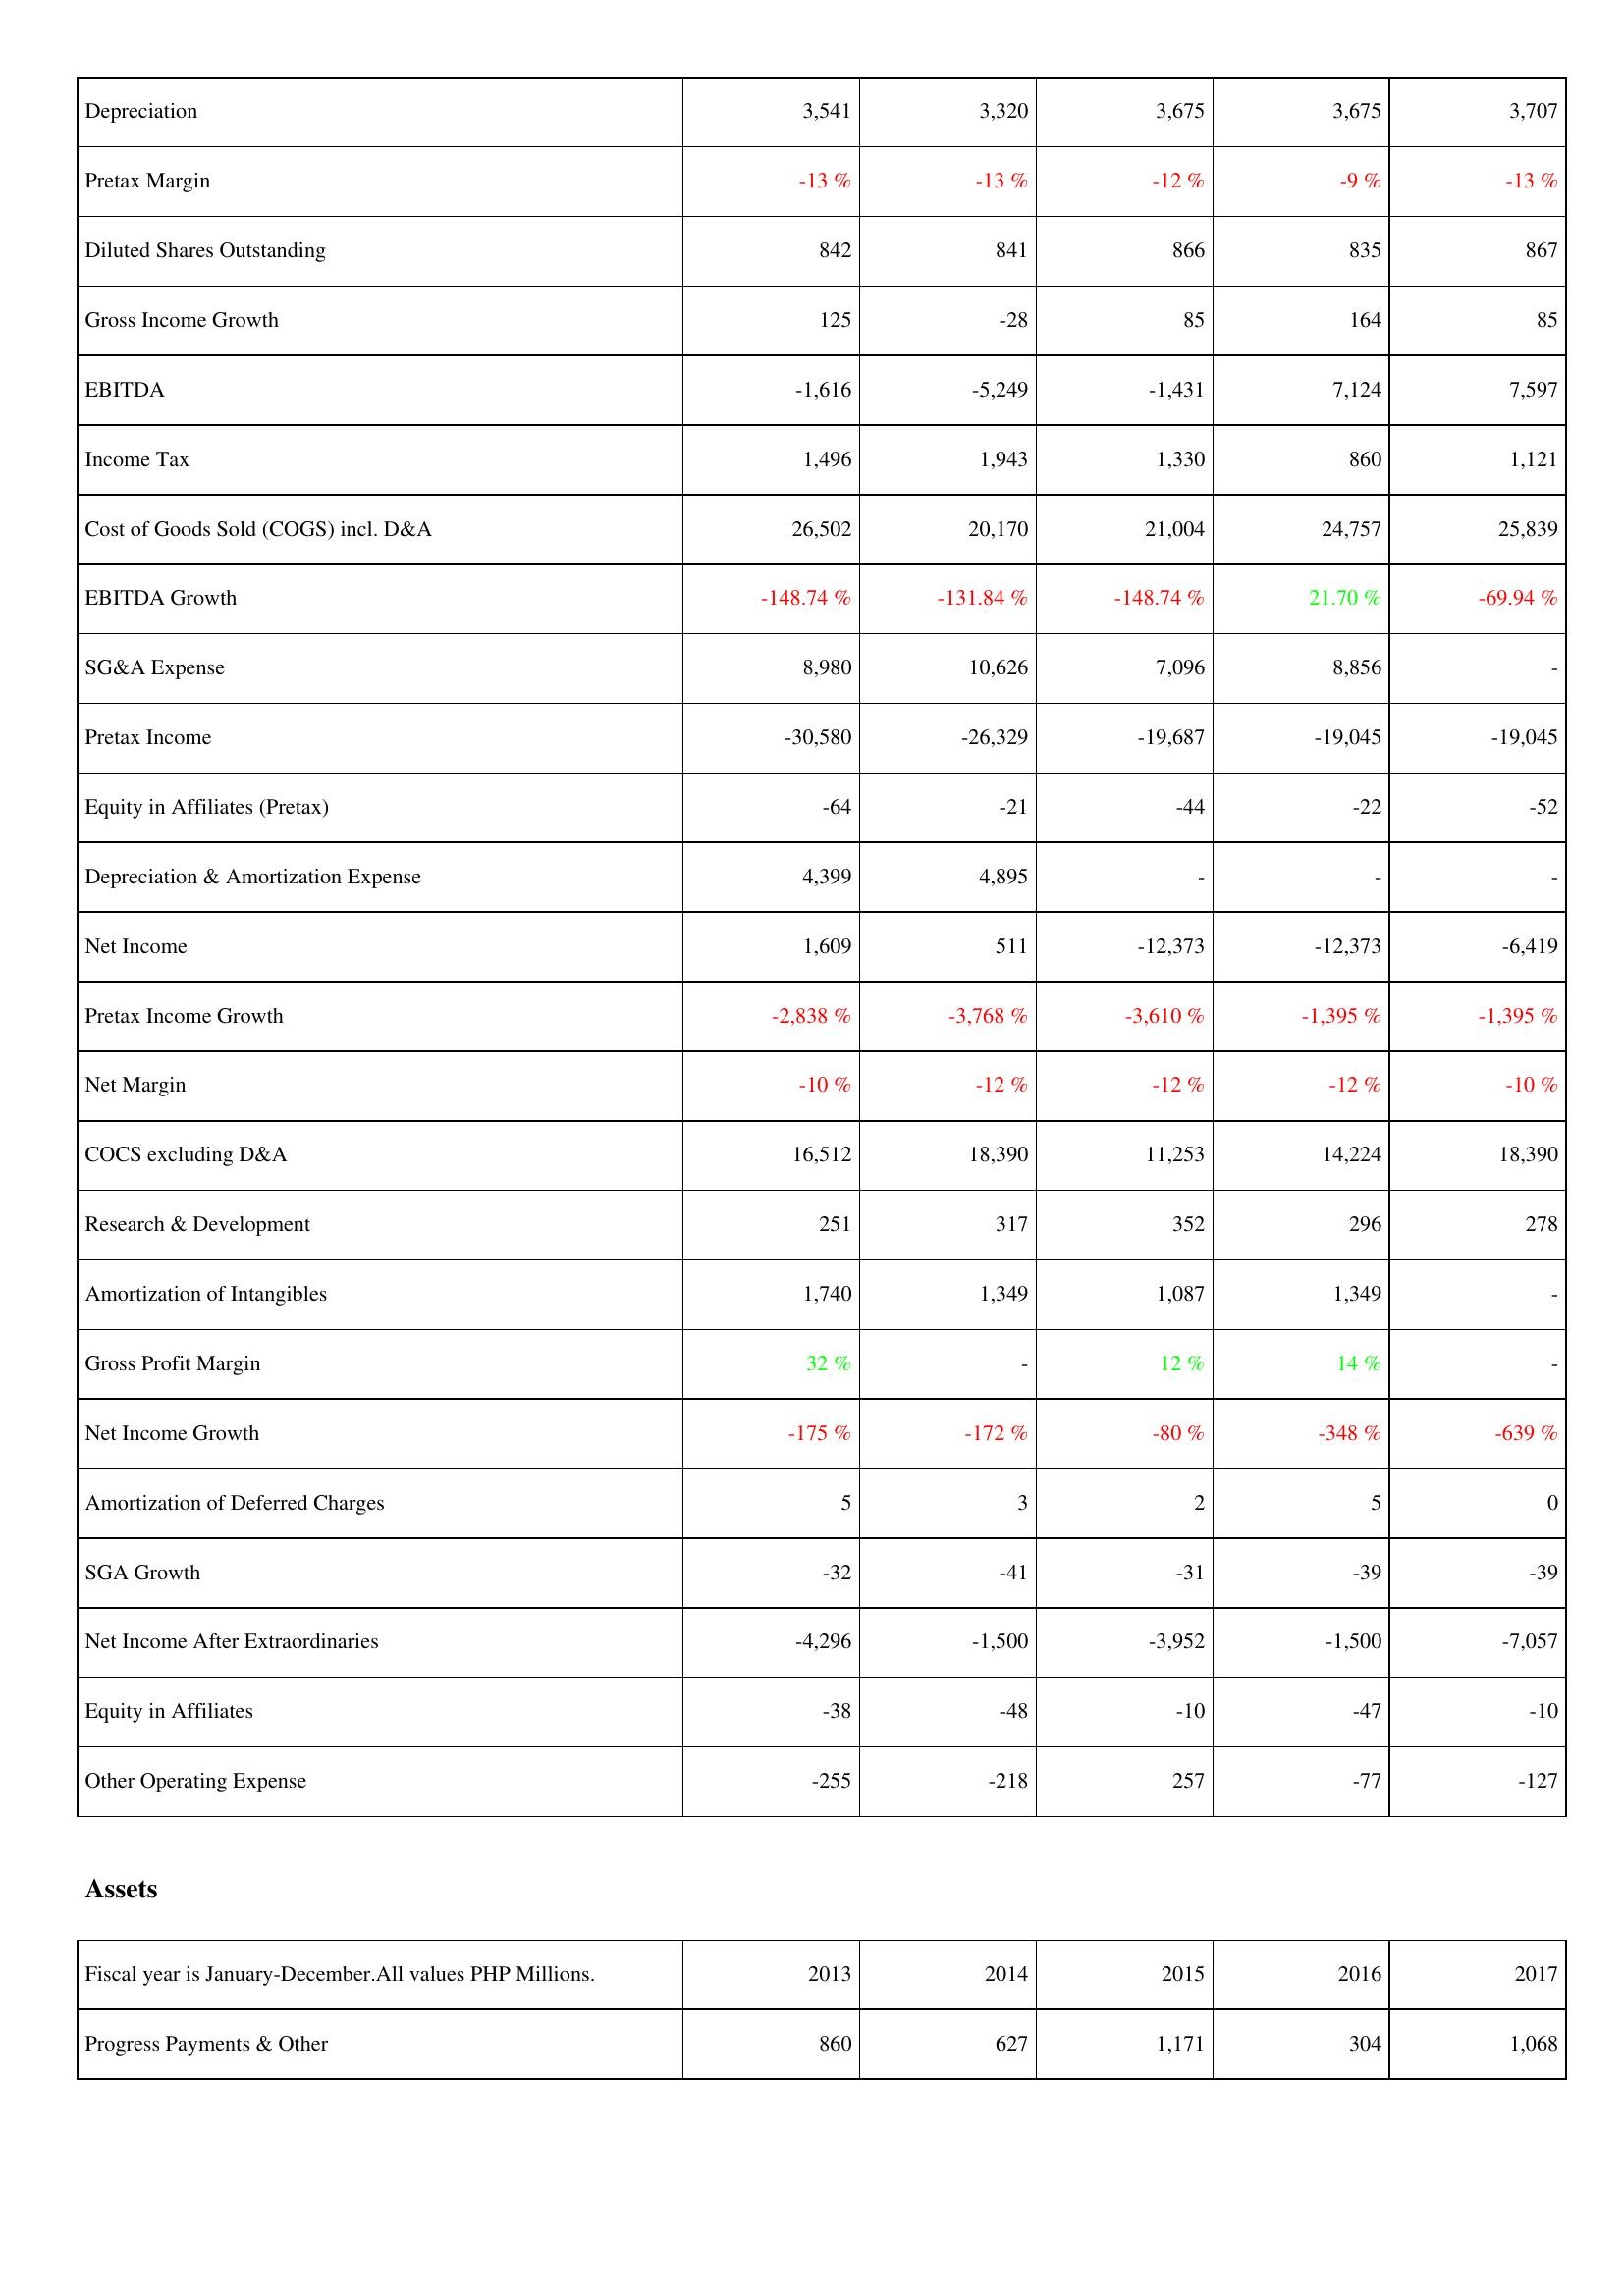
2013: Income Statement: Depreciation: 3,541
Pretax Margin: -13 %
Diluted Shares Outstanding: 842
Gross Income Growth: 125
EBITDA: -1,616
Income Tax: 1,496
Cost of Goods Sold (COGS) incl. D&A: 26,502
EBITDA Growth: -148.74 %
SG&A Expense: 8,980
Pretax Income: -30,580
Equity in Affiliates (Pretax): -64
Depreciation & Amortization Expense: 4,399
Net Income: 1,609
Pretax Income Growth: -2,838 %
Net Margin: -10 %
COCS excluding D&A: 16,512
Research & Development: 251
Amortization of Intangibles: 1,740
Gross Profit Margin: 32 %
Net Income Growth: -175 %
Amortization of Deferred Charges: 5
SGA Growth: -32
Net Income After Extraordinaries: -4,296
Equity in Affiliates: -38
Other Operating Expense: -255
Assets: Progress Payments & Other: 860
2014: Income Statement: Depreciation: 3,320
Pretax Margin: -13 %
Diluted Shares Outstanding: 841
Gross Income Growth: -28
EBITDA: -5,249
Income Tax: 1,943
Cost of Goods Sold (COGS) incl. D&A: 20,170
EBITDA Growth: -131.84 %
SG&A Expense: 10,626
Pretax Income: -26,329
Equity in Affiliates (Pretax): -21
Depreciation & Amortization Expense: 4,895
Net Income: 511
Pretax Income Growth: -3,768 %
Net Margin: -12 %
COCS excluding D&A: 18,390
Research & Development: 317
Amortization of Intangibles: 1,349
Gross Profit Margin: -
Net Income Growth: -172 %
Amortization of Deferred Charges: 3
SGA Growth: -41
Net Income After Extraordinaries: -1,500
Equity in Affiliates: -48
Other Operating Expense: -218
Assets: Progress Payments & Other: 627
2015: Income Statement: Depreciation: 3,675
Pretax Margin: -12 %
Diluted Shares Outstanding: 866
Gross Income Growth: 85
EBITDA: -1,431
Income Tax: 1,330
Cost of Goods Sold (COGS) incl. D&A: 21,004
EBITDA Growth: -148.74 %
SG&A Expense: 7,096
Pretax Income: -19,687
Equity in Affiliates (Pretax): -44
Depreciation & Amortization Expense: -
Net Income: -12,373
Pretax Income Growth: -3,610 %
Net Margin: -12 %
COCS excluding D&A: 11,253
Research & Development: 352
Amortization of Intangibles: 1,087
Gross Profit Margin: 12 %
Net Income Growth: -80 %
Amortization of Deferred Charges: 2
SGA Growth: -31
Net Income After Extraordinaries: -3,952
Equity in Affiliates: -10
Other Operating Expense: 257
Assets: Progress Payments & Other: 1,171
2016: Income Statement: Depreciation: 3,675
Pretax Margin: -9 %
Diluted Shares Outstanding: 835
Gross Income Growth: 164
EBITDA: 7,124
Income Tax: 860
Cost of Goods Sold (COGS) incl. D&A: 24,757
EBITDA Growth: 21.70 %
SG&A Expense: 8,856
Pretax Income: -19,045
Equity in Affiliates (Pretax): -22
Depreciation & Amortization Expense: -
Net Income: -12,373
Pretax Income Growth: -1,395 %
Net Margin: -12 %
COCS excluding D&A: 14,224
Research & Development: 296
Amortization of Intangibles: 1,349
Gross Profit Margin: 14 %
Net Income Growth: -348 %
Amortization of Deferred Charges: 5
SGA Growth: -39
Net Income After Extraordinaries: -1,500
Equity in Affiliates: -47
Other Operating Expense: -77
Assets: Progress Payments & Other: 304
2017: Income Statement: Depreciation: 3,707
Pretax Margin: -13 %
Diluted Shares Outstanding: 867
Gross Income Growth: 85
EBITDA: 7,597
Income Tax: 1,121
Cost of Goods Sold (COGS) incl. D&A: 25,839
EBITDA Growth: -69.94 %
SG&A Expense: -
Pretax Income: -19,045
Equity in Affiliates (Pretax): -52
Depreciation & Amortization Expense: -
Net Income: -6,419
Pretax Income Growth: -1,395 %
Net Margin: -10 %
COCS excluding D&A: 18,390
Research & Development: 278
Amortization of Intangibles: -
Gross Profit Margin: -
Net Income Growth: -639 %
Amortization of Deferred Charges: 0
SGA Growth: -39
Net Income After Extraordinaries: -7,057
Equity in Affiliates: -10
Other Operating Expense: -127
Assets: Progress Payments & Other: 1,068